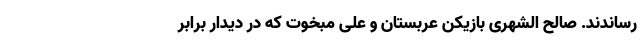
رساندند. صالح الشهری بازیکن عربستان و علی مبخوت که در دیدار برابر